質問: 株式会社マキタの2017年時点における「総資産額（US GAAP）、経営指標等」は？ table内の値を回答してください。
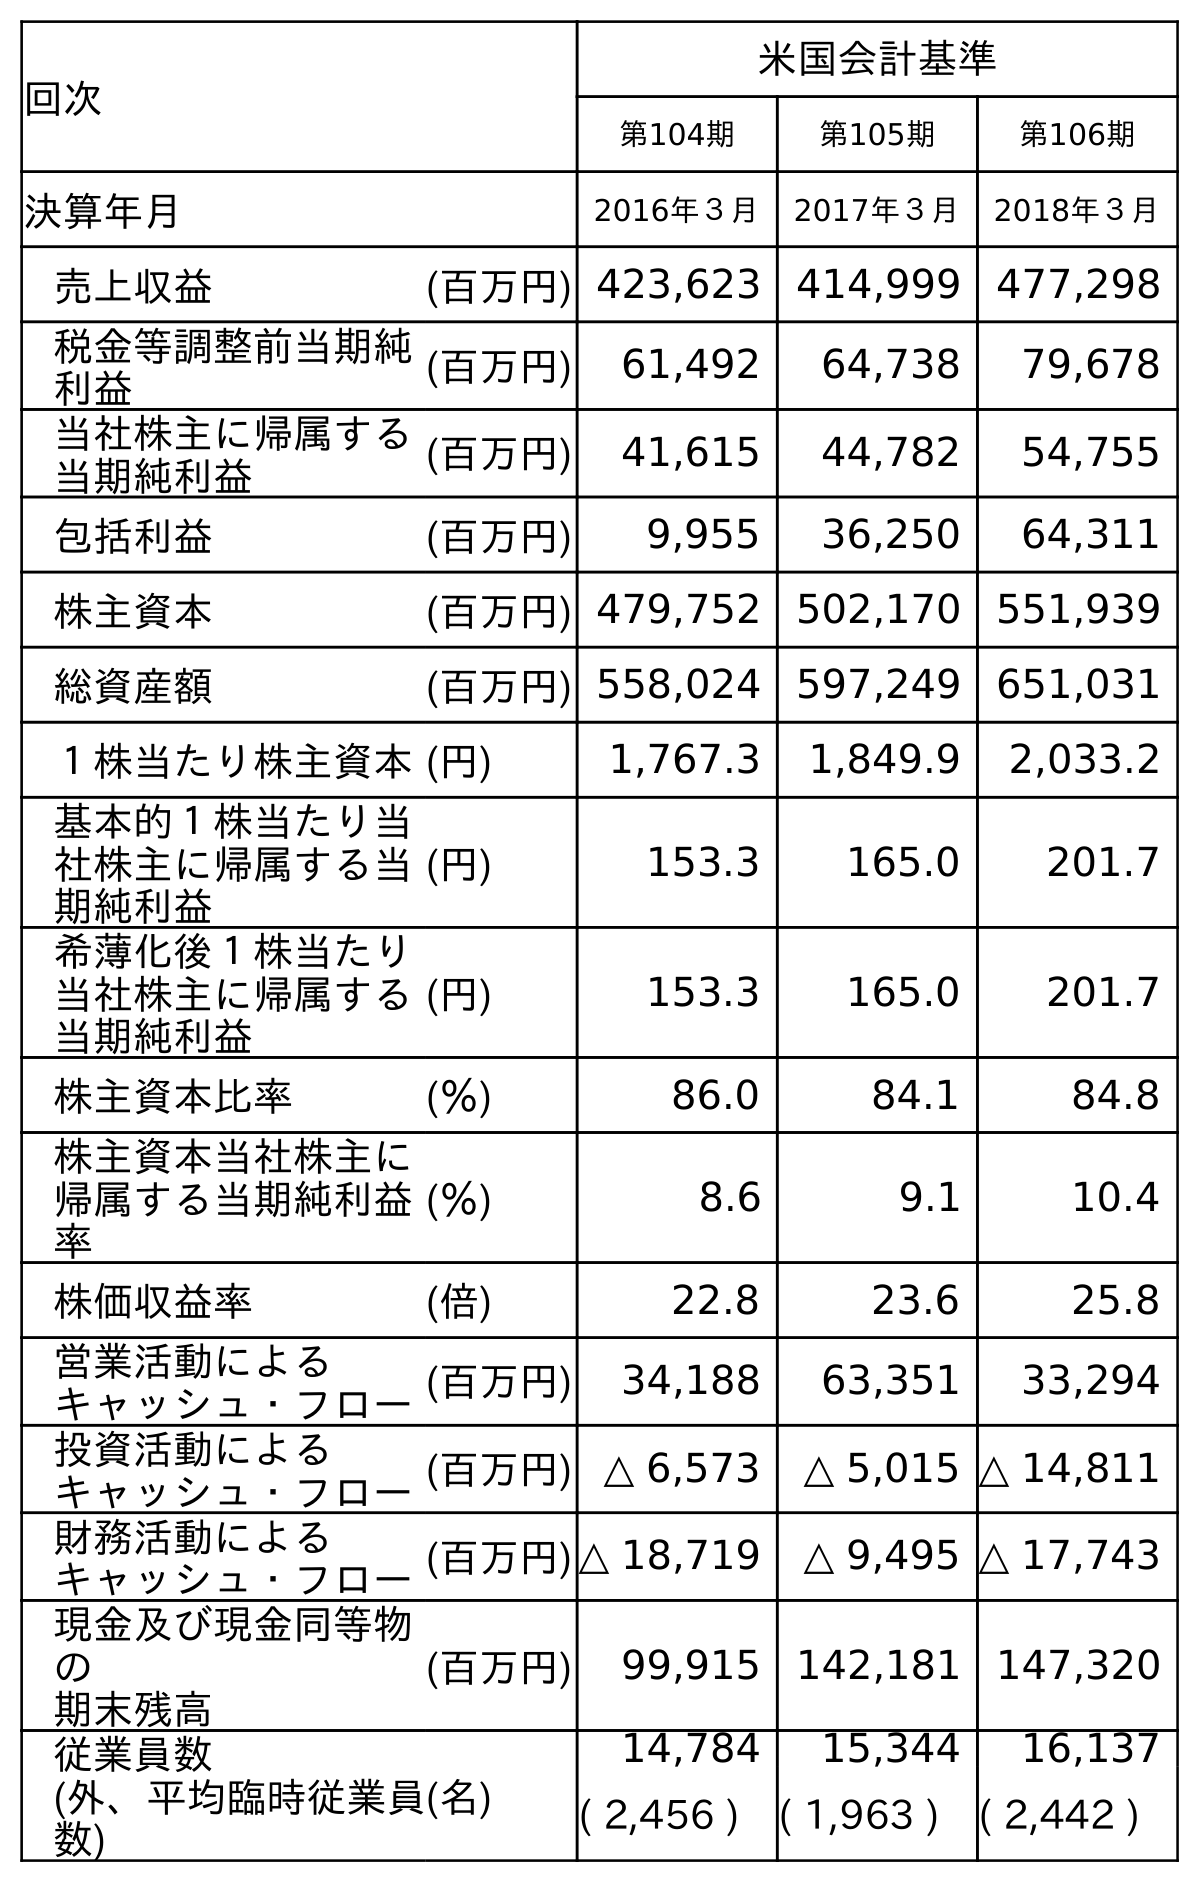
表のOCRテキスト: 回次 米国会計基準 第104期 第105期 第106期 決算年月 2016年３月 2017年３月 2018年３月 売上収益 (百万円) 423,623 414,999 477,298 税金等調整前当期純 利益 (百万円) 61,492 64,738 79,678 当社株主に帰属する 当期純利益 (百万円) 41,615 44,782 54,755 包括利益 (百万円) 9,955 36,250 64,311 株主資本 (百万円) 479,752 502,170 551,939 総資産額 (百万円) 558,024 597,249 651,031 １株当たり株主資本(円) 1,767.3 1,849.9 2,033.2 基本的１株当たり当 社株主に帰属する当 期純利益 (円) 153.3 165.0 201.7 希薄化後１株当たり 当社株主に帰属する 当期純利益 (円) 153.3 165.0 201.7 株主資本比率 (％) 86.0 84.1 84.8 株主資本当社株主に 帰属する当期純利益 率 (％) 8.6 9.1 10.4 株価収益率 (倍) 22.8 23.6 25.8 営業活動による キャッシュ・フロー(百万円) 34,188 63,351 33,294 投資活動による キャッシュ・フロー(百万円) △ 6,573 △ 5,015 △ 14,811 財務活動による キャッシュ・フロー(百万円)△ 18,719 △ 9,495 △ 17,743 現金及び現金同等物 の 期末残高 (百万円) 99,915 142,181 147,320 従業員数 (外、平均臨時従業員 数) (名) 14,784 15,344 16,137 ( 2,456 ) ( 1,963 ) ( 2,442 )
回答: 597,249